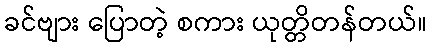
ခင်ဗျား ပြောတဲ့ စကား ယုတ္တိတန်တယ်။